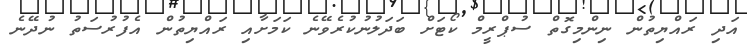
އަދި ރައްޔިތުން ނިންމިގޮތް ސުޕްރީމް ކޯޓަށް ބަދަލުނުކުރެވޭނެ ކަމަށާއި ރައްޔިތުން އެފުރުސަތު ނުދޭނެ